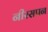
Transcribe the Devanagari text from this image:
नीरसपन